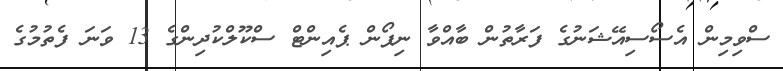
ސްވިމިން އެސޯސިއޭޝަނުގެ ފަރާތުން ބާއްވާ ނިޕޯން ޕެއިންޓް ސްކޫލްކުދިންގެ 13 ވަނަ ފެތުމުގެ